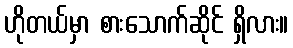
ဟိုတယ်မှာ စားသောက်ဆိုင် ရှိလား။